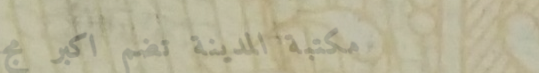
مكتبة المدينة تضم أكبر مج